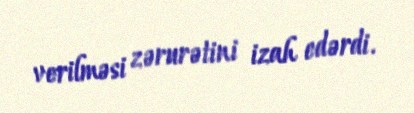
verilməsi zərurətini izah edərdi.